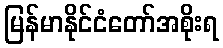
မြန်မာနိုင်ငံတော်အစိုးရ